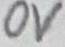
Text: 0V